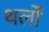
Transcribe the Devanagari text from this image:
थर्लो